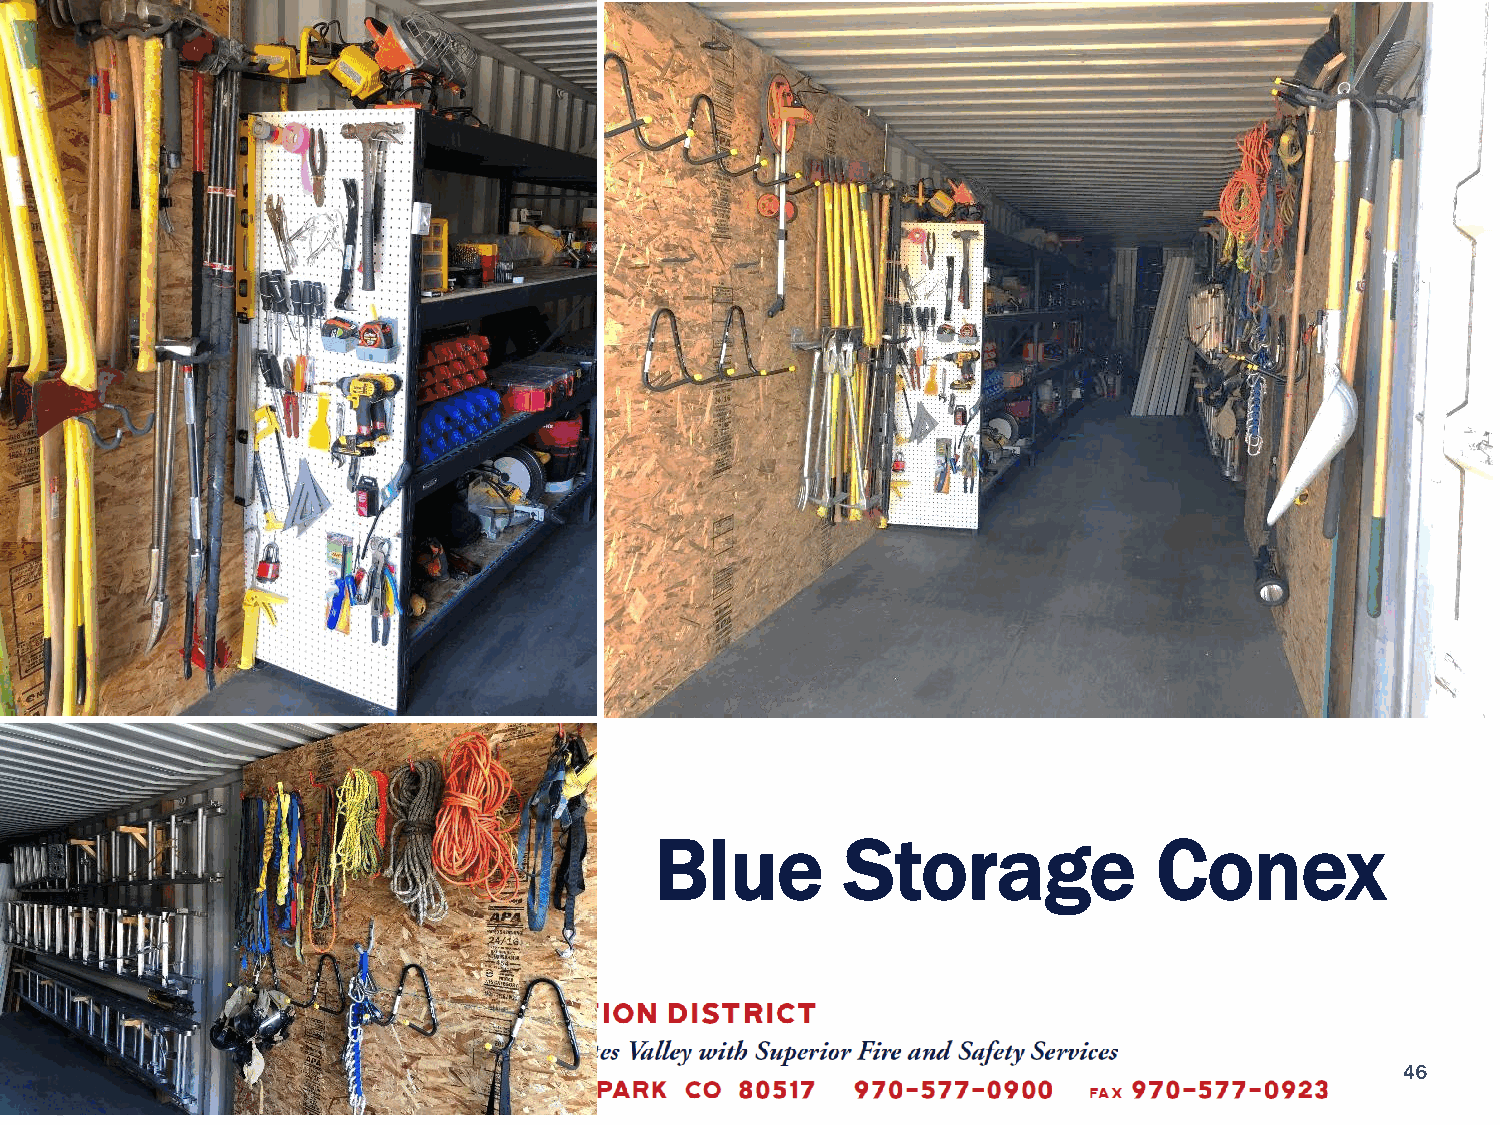
Blue         Storage              Conex